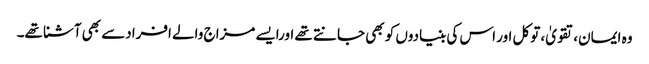
وہ ایمان،تقویٰ، توکل اور اس کی بنیادوں کو بھی جانتے تھے اورایسے مزاج والے افرادسے بھی آشنا تھے۔